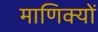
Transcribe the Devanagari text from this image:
माणिक्यों